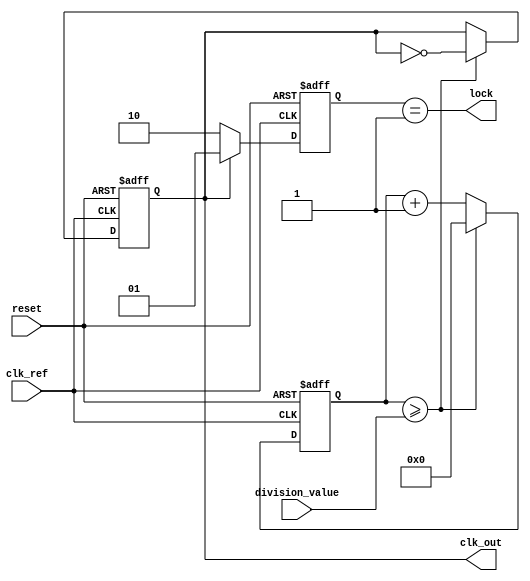
module fractional_PLL (
    input wire clk_ref,                  // Reference clock input
    input wire reset,                    // Reset signal
    input wire [7:0] division_value,     // Division value from memory block
    output wire clk_out,                 // Output clock signal
    output wire lock                     // Lock indicator
);

    // Phase Detector (PD)
    reg pd_error;                        // Error signal from the phase detector
    reg [1:0] pd_state;                  // Phase detector state (00, 01, 10, 11)

    // Loop Filter (Simple Integrator)
    reg [15:0] filter_output;            // Filter output (control voltage)
    reg [15:0] integral;                 // Integral value for loop filter

    // Voltage-Controlled Oscillator (VCO)
    reg [15:0] vco_freq;                 // VCO frequency output
    reg [15:0] control_voltage;           // Control voltage for VCO

    // Frequency Divider
    reg [31:0] counter;                  // Counter for frequency divider
    reg [31:0] div_counter;              // Division counter
    reg feedback_clk;                    // Feedback clock from divider

    // Output Buffer
    assign clk_out = feedback_clk;       // Output clock signal
    assign lock = (pd_state == 2'b01);   // Lock condition based on PD state

    // Phase Detector
    always @(posedge clk_ref or posedge reset) begin
        if (reset) begin
            pd_state <= 2'b00;
            pd_error <= 0;
        end else begin
            // Placeholder logic for phase detection
            // Here we assume some external comparator logic
            if (feedback_clk) begin
                pd_state <= 2'b01; // Assume we have a lock condition
                pd_error <= 1; // Example error signal
            end else begin
                pd_state <= 2'b10; // Out of lock
                pd_error <= 0; // No error
            end
        end
    end

    // Loop Filter (Simple Integrator)
    always @(posedge clk_ref or posedge reset) begin
        if (reset) begin
            integral <= 0;
            filter_output <= 0;
        end else begin
            // Simple integrator for filter
            integral <= integral + pd_error;
            filter_output <= integral >> 1; // Example of a low-pass filter
        end
    end

    // Voltage-Controlled Oscillator (VCO)
    always @(posedge clk_ref or posedge reset) begin
        if (reset) begin
            vco_freq <= 0;
            control_voltage <= 0;
        end else begin
            control_voltage <= filter_output;
            vco_freq <= control_voltage; // Simplified linear relationship
        end
    end

    // Frequency Divider logic
    always @(posedge clk_ref or posedge reset) begin
        if (reset) begin
            counter <= 0;
            div_counter <= 0;
            feedback_clk <= 0;
        end else begin
            counter <= counter + 1;
            if (counter >= division_value) begin
                feedback_clk <= ~feedback_clk; // Toggle feedback clock
                counter <= 0; // Reset counter
            end
        end
    end

endmodule